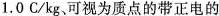
1.0c/kg、可视为质点的带正电的